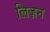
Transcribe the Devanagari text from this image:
लिज़न